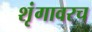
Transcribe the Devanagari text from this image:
शृंगावरच